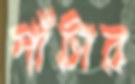
পাঁটার